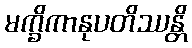
မက္ခိကာနုပတိဿန္တိ